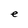
Character: e